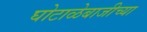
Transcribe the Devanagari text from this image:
घोटाळेबाजीच्या